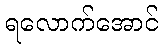
ရလောက်အောင်